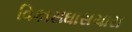
વિકાસઘાસચારા